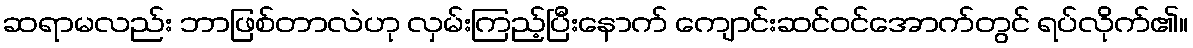
ဆရာမလည်း ဘာဖြစ်တာလဲဟု လှမ်းကြည့်ပြီးနောက် ကျောင်းဆင်ဝင်အောက်တွင် ရပ်လိုက်၏။